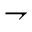
\rightharpoondown